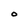
Character: O